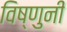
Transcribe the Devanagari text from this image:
विष्णुनी